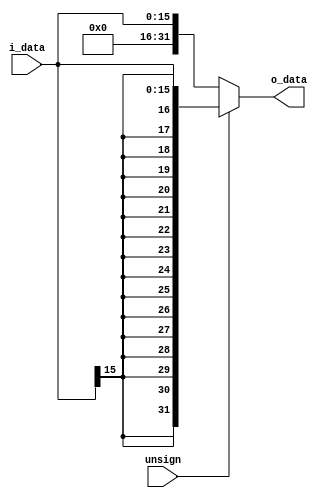
module signExtend(i_data, o_data, unsign);
	input   [15:0]  i_data;
	output  [31:0]  o_data;
	input unsign;
	
	assign o_data =  !unsign ? {{16{0}}, i_data} : {{16{i_data[15]}}, i_data};
endmodule